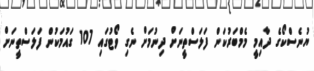
ޔުނެސްކޯގެ ދާއިމީ މެމްބަރުކަން ފަލަސްތީނަށް ދިނުމަށް ނެގި ވޯޓުގައި 107 ގައުމަކުން ފަލަސްތީނަށް